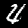
Label: 4